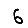
Digit: 6